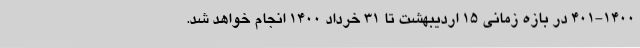
۴۰۱-۱۴۰۰ در بازه زمانی ۱۵ اردیبهشت تا ۳۱ خرداد ۱۴۰۰ انجام خواهد شد.